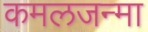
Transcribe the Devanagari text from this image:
कमलजन्मा